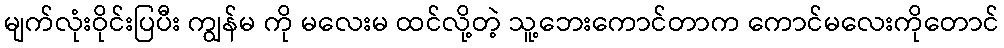
မျက်လုံးဝိုင်းပြပီး ကျွန်မ ကို မလေးမ ထင်လို့တဲ့ သူ့ဘေးကောင်တာက ကောင်မလေးကိုတောင်